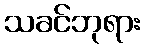
သခင်ဘုရား